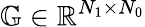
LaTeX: \mathbb{G}\in\mathbb{R}^{N_{1}\times N_{0}}